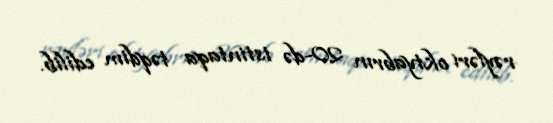
rəyləri oktyabrın 20-də istintaqa təqdim edilib.